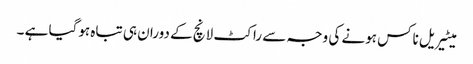
میٹیریل ناکس ہونے کی وجہ سے راکٹ لانچ کے دوران ہی تباہ ہوگیا ہے ۔